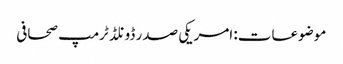
موضوعات: امریکی صدر ڈونلڈ ٹرمپ صحافی